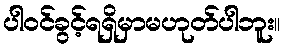
ပါဝင်ခွင့်ရရှိမှာမဟုတ်ပါဘူး။